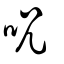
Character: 咒